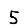
Digit: 5